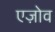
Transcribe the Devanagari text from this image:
एज़ोव